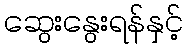
ဆွေးနွေးရန်နှင့်